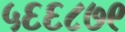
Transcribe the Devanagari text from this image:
५६६८७९